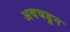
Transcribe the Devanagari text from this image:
अवघडून